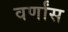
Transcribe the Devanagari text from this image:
वर्णांस